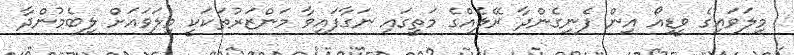
މިލަވައިގެ ވީޑިއޯ އިން ފެނިގެންދާ ރޭލެއްގެ މަތީގައި ނަގާފައިވާ މަންޒަރުތަކަކީ މިލަވައަށް ލިބެމުންދާ